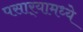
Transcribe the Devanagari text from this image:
पसार्‍यामध्ये